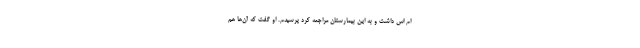
ام اس داشت و به این بیمارستان مراجعه کرد پرسیدم. او گفت که آن‌ها هم